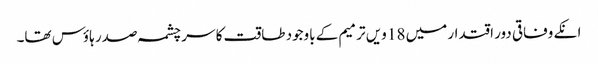
انکے وفاقی دور اقتدار میں 18 ویں ترمیم کے باوجود طاقت کا سر چشمہ صدر ہاؤس تھا۔